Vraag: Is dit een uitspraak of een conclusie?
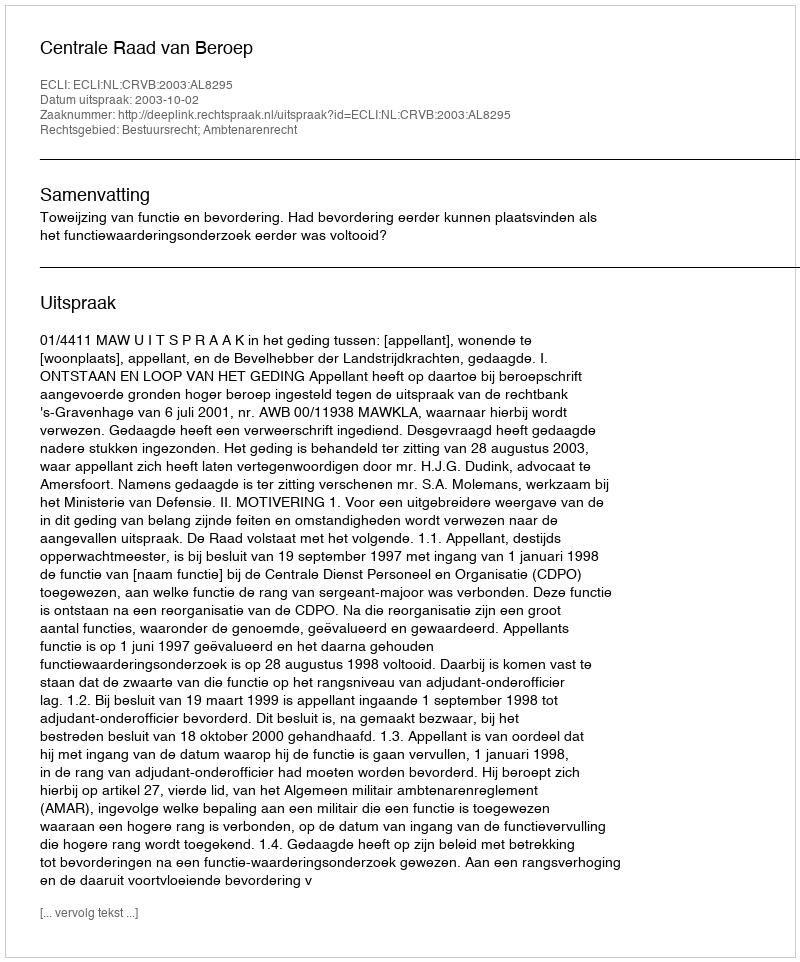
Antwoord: Uitspraak